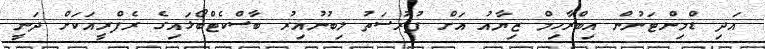
އަދި ޑްމިންޓަނުން އިބްރާހިމް ޒިޔާއު އަށް ފުރުސަތު ލިބުނުއިރު ބާސްކެޓްބޯޅައިގެ ރެފްރީއަކަށް ދަނީ